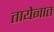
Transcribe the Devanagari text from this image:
तायेनात